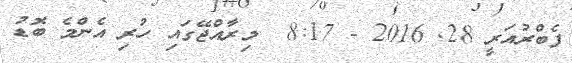
ފެބްރުއަރީ 28